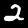
Label: 2